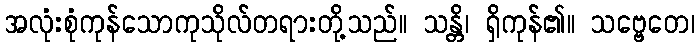
အလုံးစုံကုန်သောကုသိုလ်တရားတို့သည်။ သန္တိ၊ ရှိကုန်၏။ သဗ္ဗေတေ၊